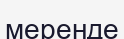
меренде